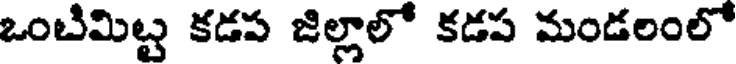
ఒంబిమిట్ట కడప జిల్లాలో కడప మండలంలో